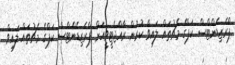
ޕްރެޒިޑެންޓްސް ކަޕްގެ މެޗުތައް ލައިވް ކުރުން ރާއްޖެޓީވީއަށް ޕްރެޒިޑެންޓްސް ކަޕްގެ މެޗުތައް ލައިވް